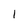
Character: 1